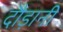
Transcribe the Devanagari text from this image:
दौड़ानी